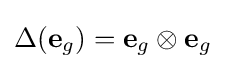
\Delta (\mathbf {e} _{g})=\mathbf {e} _{g}\otimes \mathbf {e} _{g}